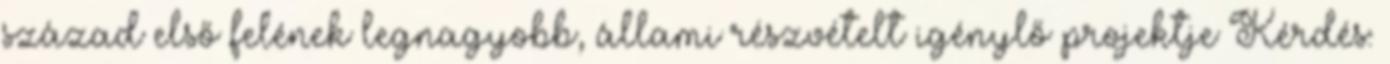
század első felének legnagyobb, állami részvételt igénylő projektje Kérdés: